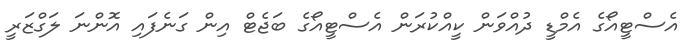
އެސްޓީއޯގެ އެމްޑީ ދުއްވަން ކީއްކުރަން އެސްޓީއޯގެ ބަޖެޓް އިން ގަނެފައި އޮންނަ ލަގްޒަރީ